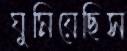
ঘুমিয়েছিস